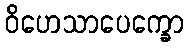
ဝိဟေသာပေက္ခော